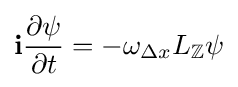
{\textbf {i}}{\frac {\partial \psi }{\partial t}}=-\omega _{\Delta x}L_{\mathbb {Z} }\psi